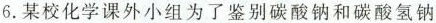
6.某校化学课外小组为了鉴别碳酸钠和碳酸氢钠